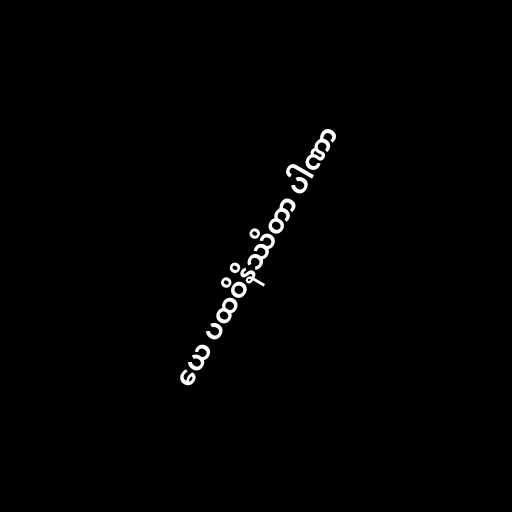
ယေ ပထဝိနိဿိတာ ပါဏာ